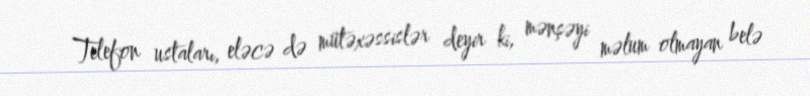
Telefon ustaları, eləcə də mütəxəssislər deyir ki, mənşəyi məlum olmayan belə